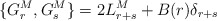
\begin{align*}\{G^M_r,G^M_s\}=2 L_{r+s}^M+B(r)\delta_{r+s}\end{align*}